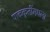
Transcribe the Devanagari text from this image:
पाककृतींमधला